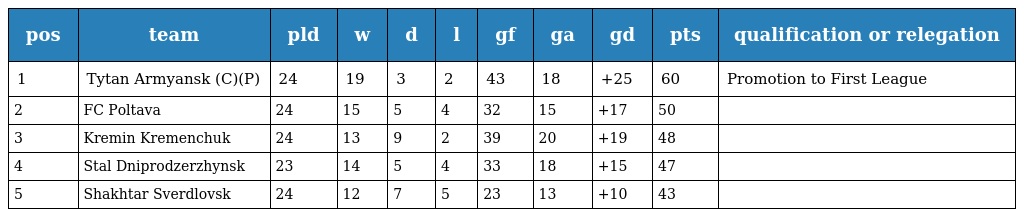
| pos | team | pld | w | d | l | gf | ga | gd | pts | qualification or relegation |
 | --- | --- | --- | --- | --- | --- | --- | --- | --- | --- | --- |
 | 1 | Tytan Armyansk (C)(P) | 24 | 19 | 3 | 2 | 43 | 18 | +25 | 60 | Promotion to First League |
 | 2 | FC Poltava | 24 | 15 | 5 | 4 | 32 | 15 | +17 | 50 |  |
 | 3 | Kremin Kremenchuk | 24 | 13 | 9 | 2 | 39 | 20 | +19 | 48 |  |
 | 4 | Stal Dniprodzerzhynsk | 23 | 14 | 5 | 4 | 33 | 18 | +15 | 47 |  |
 | 5 | Shakhtar Sverdlovsk | 24 | 12 | 7 | 5 | 23 | 13 | +10 | 43 |  |